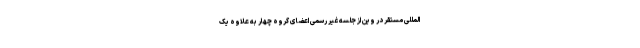
‌المللی مستقر در وین از جلسه غیر رسمی اعضای گروه چهار به علاوه یک